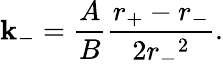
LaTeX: \mathbf{k}_{-}=\frac{{A}}{{B}}\frac{{r_{+}-r_{-}}}{{2{r_{-}}^{2}}}.